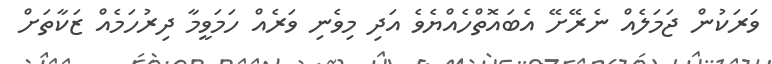
ވަރަކުން ޖަމަލެއް ނެރޭށޭ އެބައޮތްހެއްޔެވެ އަދި މިވެނި ވަރެއް ހަމަވީމާ ދިރުހަމެއް ޒަކާތަށް